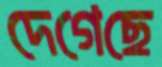
দেগেছে